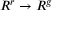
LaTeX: R ^ { r } \to R ^ { g }